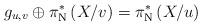
LaTeX: \begin{align*}g_{u,v} \oplus \pi_{\mathrm{N}}^*\left(X/v\right) = \pi_{\mathrm{N}}^*\left(X/u\right)\end{align*}